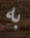
به